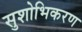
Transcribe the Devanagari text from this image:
सुशोभिकरण